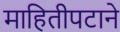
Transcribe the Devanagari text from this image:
माहितीपटाने